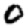
Digit: 0